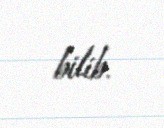
bilib.